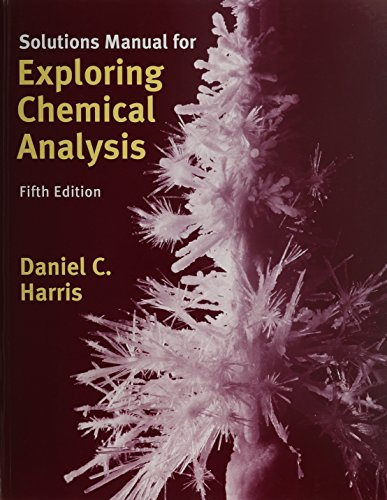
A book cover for Exploring Chemical Analysis-Solution Manual; Daniel C. Harris; Science & Math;